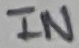
Text: IN